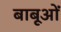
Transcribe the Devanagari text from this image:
बाबूओं